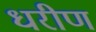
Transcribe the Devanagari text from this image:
धरीण